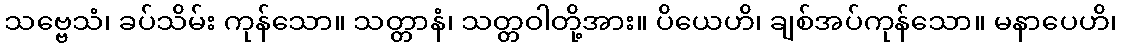
သဗ္ဗေသံ၊ ခပ်သိမ်း ကုန်သော။ သတ္တာနံ၊ သတ္တဝါတို့အား။ ပိယေဟိ၊ ချစ်အပ်ကုန်သော။ မနာပေဟိ၊